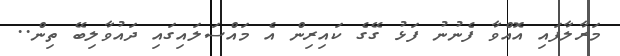
މަރާލާފައި އޮއްވާ ފެނުނު ފަޅު ގޭގެ ކައިރިން އެ މައްސަލައިގައި ދައުވާލިބޭ ތިން..